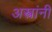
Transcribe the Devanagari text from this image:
अस्त्रांनी